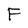
Character: F